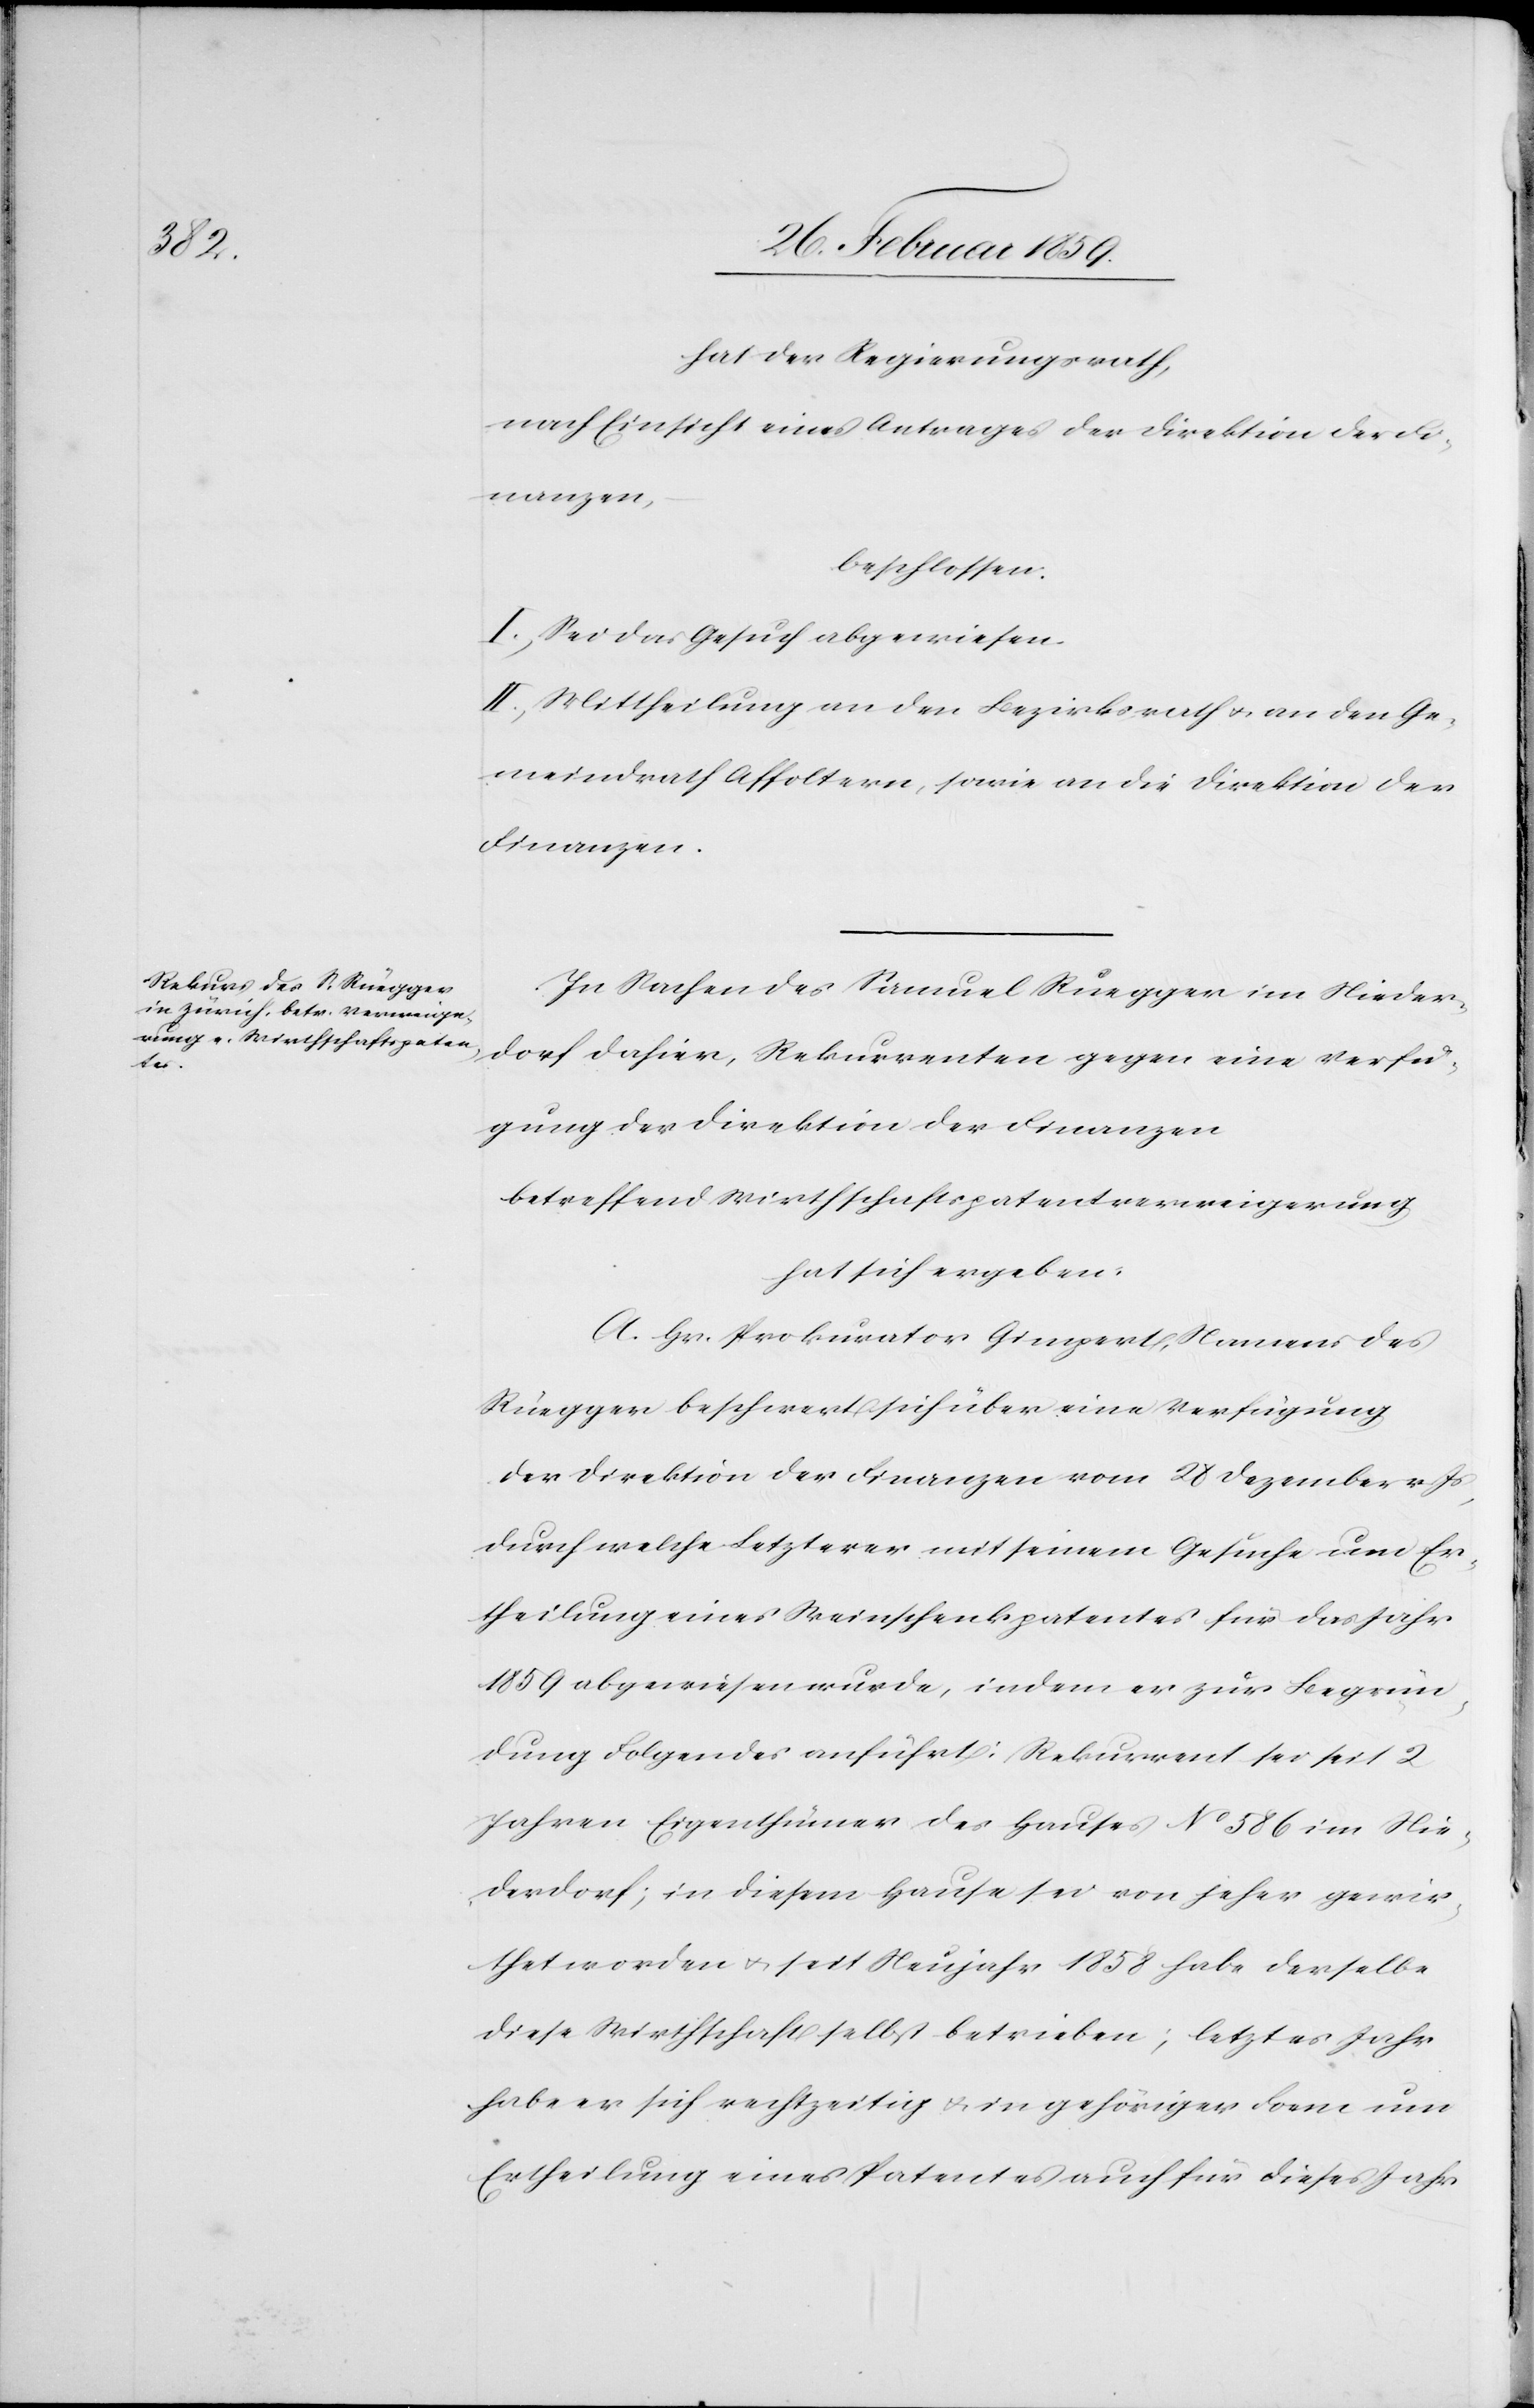
hat der Regierungsrath,
nach Einsicht eines Antrages der Direktion der Fi¬
nanzen,
beschlossen:
I. Sei das Gesuch abgewiesen.
II. Mittheilung an den Bezirksrath u. an den Ge¬
meindrath Affoltern, sowie an die Direktion der
Finanzen.
In Sachen des Samuel Rüegger im Nieder¬
dorf dahier, Rekurrenten gegen eine Verfü¬
gung der Direktion der Finanzen
betreffend Wirthschaftspatentverweigerung
hat sich ergeben:
A. Hr. Prokurator Gimpert, Namens des
Rüegger beschwert sich über eine Verfügung
der Direktion der Finanzen vom 28 Dezember v. Js,
durch welche Letzterer mit seinem Gesuche um Er¬
theilung eines Weinschenkpatentes für das Jahr
1859 abgewiesen wurde, indem er zur Begrün¬
dung Folgendes anführt: Rekurrent sei seit 2
Jahren Eigenthümer des Hauses No 586 im Nie¬
derdorf; in diesem Hause sei von jeher gewir¬
thet worden u. seit Neujahr 1858 habe derselbe
diese Wirthschaft selbst betrieben; letztes Jahr
habe er sich rechtzeitig u. in gehöriger Form um
Ertheilung eines Patentes auch für dieses Jahr